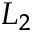
L _ { 2 }